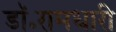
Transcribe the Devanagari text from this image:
डॉ॰रामधारी